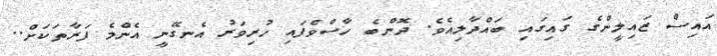
އައިސް ޒައިލީންގެ ގައިގައި ބައްދާލިއެވެ. ދޮންބެ ހާސްވެފައި ހުރިވަރު އެނގޭނީ އެންމެ ފަރާތަކަށް..